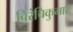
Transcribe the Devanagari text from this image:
बिरंचिकुमार